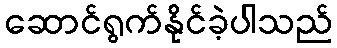
ဆောင်ရွက်နိုင်ခဲ့ပါသည်